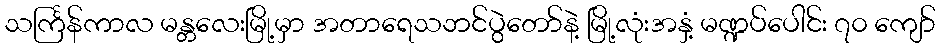
သင်္ကြန်ကာလ မန္တလေးမြို့မှာ အတာရေသဘင်ပွဲတော်နဲ့ မြို့လုံးအနှံ့ မဏ္ဍပ်ပေါင်း ၇၀ ကျော်